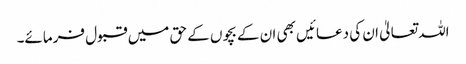
اللہ تعالیٰ ان کی دعائیں بھی ان کے بچوں کے حق میں قبول فرمائے۔